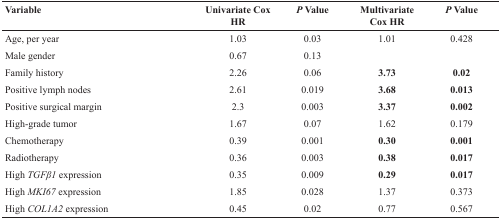
<table><thead><tr><td><b>Variable</b></td><td><b>Univariate Cox HR</b></td><td><b><i>P</i> Value</b></td><td><b>Multivariate Cox HR</b></td><td><b><i>P</i> Value</b></td></tr></thead><tbody><tr><td>Age, per year</td><td>1.03</td><td>0.03</td><td>1.01</td><td>0.428</td></tr><tr><td>Male gender</td><td>0.67</td><td>0.13</td><td></td><td></td></tr><tr><td>Family history</td><td>2.26</td><td>0.06</td><td><b>3.73</b></td><td><b>0.02</b></td></tr><tr><td>Positive lymph nodes</td><td>2.61</td><td>0.019</td><td><b>3.68</b></td><td><b>0.013</b></td></tr><tr><td>Positive surgical margin</td><td>2.3</td><td>0.003</td><td><b>3.37</b></td><td><b>0.002</b></td></tr><tr><td>High-grade tumor</td><td>1.67</td><td>0.07</td><td>1.62</td><td>0.179</td></tr><tr><td>Chemotherapy</td><td>0.39</td><td>0.001</td><td><b>0.30</b></td><td><b>0.001</b></td></tr><tr><td>Radiotherapy</td><td>0.36</td><td>0.003</td><td><b>0.38</b></td><td><b>0.017</b></td></tr><tr><td>High <i>TGFβ1</i> expression</td><td>0.35</td><td>0.009</td><td><b>0.29</b></td><td><b>0.017</b></td></tr><tr><td>High <i>MKI67</i> expression</td><td>1.85</td><td>0.028</td><td>1.37</td><td>0.373</td></tr><tr><td>High <i>COL1A2</i> expression</td><td>0.45</td><td>0.02</td><td>0.77</td><td>0.567</td></tr></tbody></table>